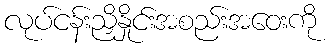
လုပ်ငန်းညှိနှိုင်းအစည်းအဝေးကို